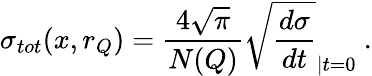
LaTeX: \sigma_{tot}(x,r_{Q})=\frac{4\sqrt{\pi}}{N(Q)}\sqrt{\frac{d\sigma}{dt}}_{|t=0}\ .